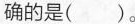
确的是( )。